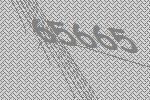
65665